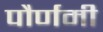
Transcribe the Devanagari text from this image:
पौर्णमी